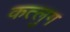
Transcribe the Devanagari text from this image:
कत्लुग